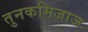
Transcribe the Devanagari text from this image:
तुनकमिजाज